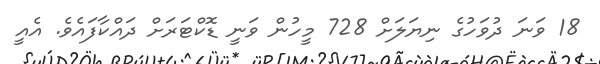
18 ވަނަ ދުވަހުގެ ނިޔަލަށް 728 މީހުން ވަނީ ޑޮކްޓަރަށް ދައްކާފައެވެ. އެއީ